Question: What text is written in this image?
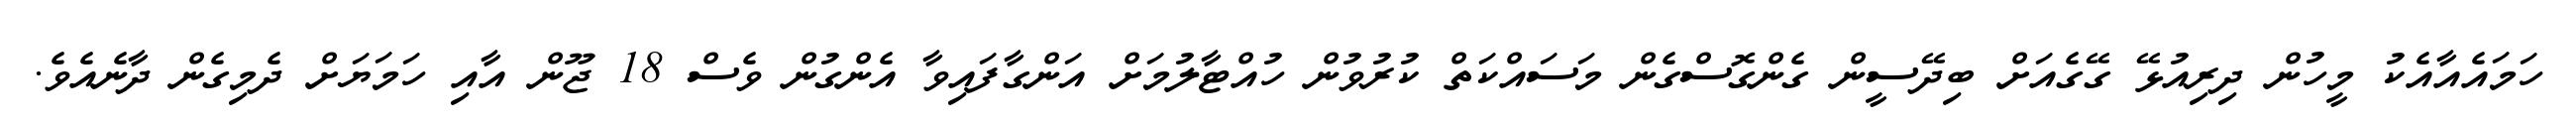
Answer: ހަމައެއާއެކު މީހުން ދިރިއުޅޭ ގޭގެއަށް ބިދޭސީން ގެންގޮސްގެން މަސައްކަތް ކުރުވުން ހުއްޓާލުމަށް އަންގާފައިވާ އެންގުން ވެސް 18 ޖޫން އާއި ހަމަޔަށް ދެމިގެން ދާނެއެވެ.